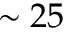
\sim 2 5